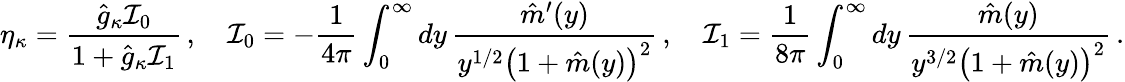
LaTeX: \eta_{\kappa}=\frac{\hat{g}_{\kappa}{\cal I}_{0}}{1+\hat{g}_{\kappa}{\cal I}_{1}}\, ,\quad{\cal I}_{0}=-\frac{1}{4\pi}\int_{0}^{\infty}dy\, \frac{\hat{m}^{\prime}(y)}{y^{1/2}\big(1+\hat{m}(y)\big)^{2}}\, ,\quad{\cal I}_{1}=\frac{1}{8\pi}\int_{0}^{\infty}dy\, \frac{\hat{m}(y)}{y^{3/2}\big(1+\hat{m}(y)\big)^{2}}\, .